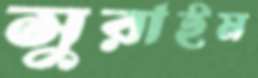
সুরাইম